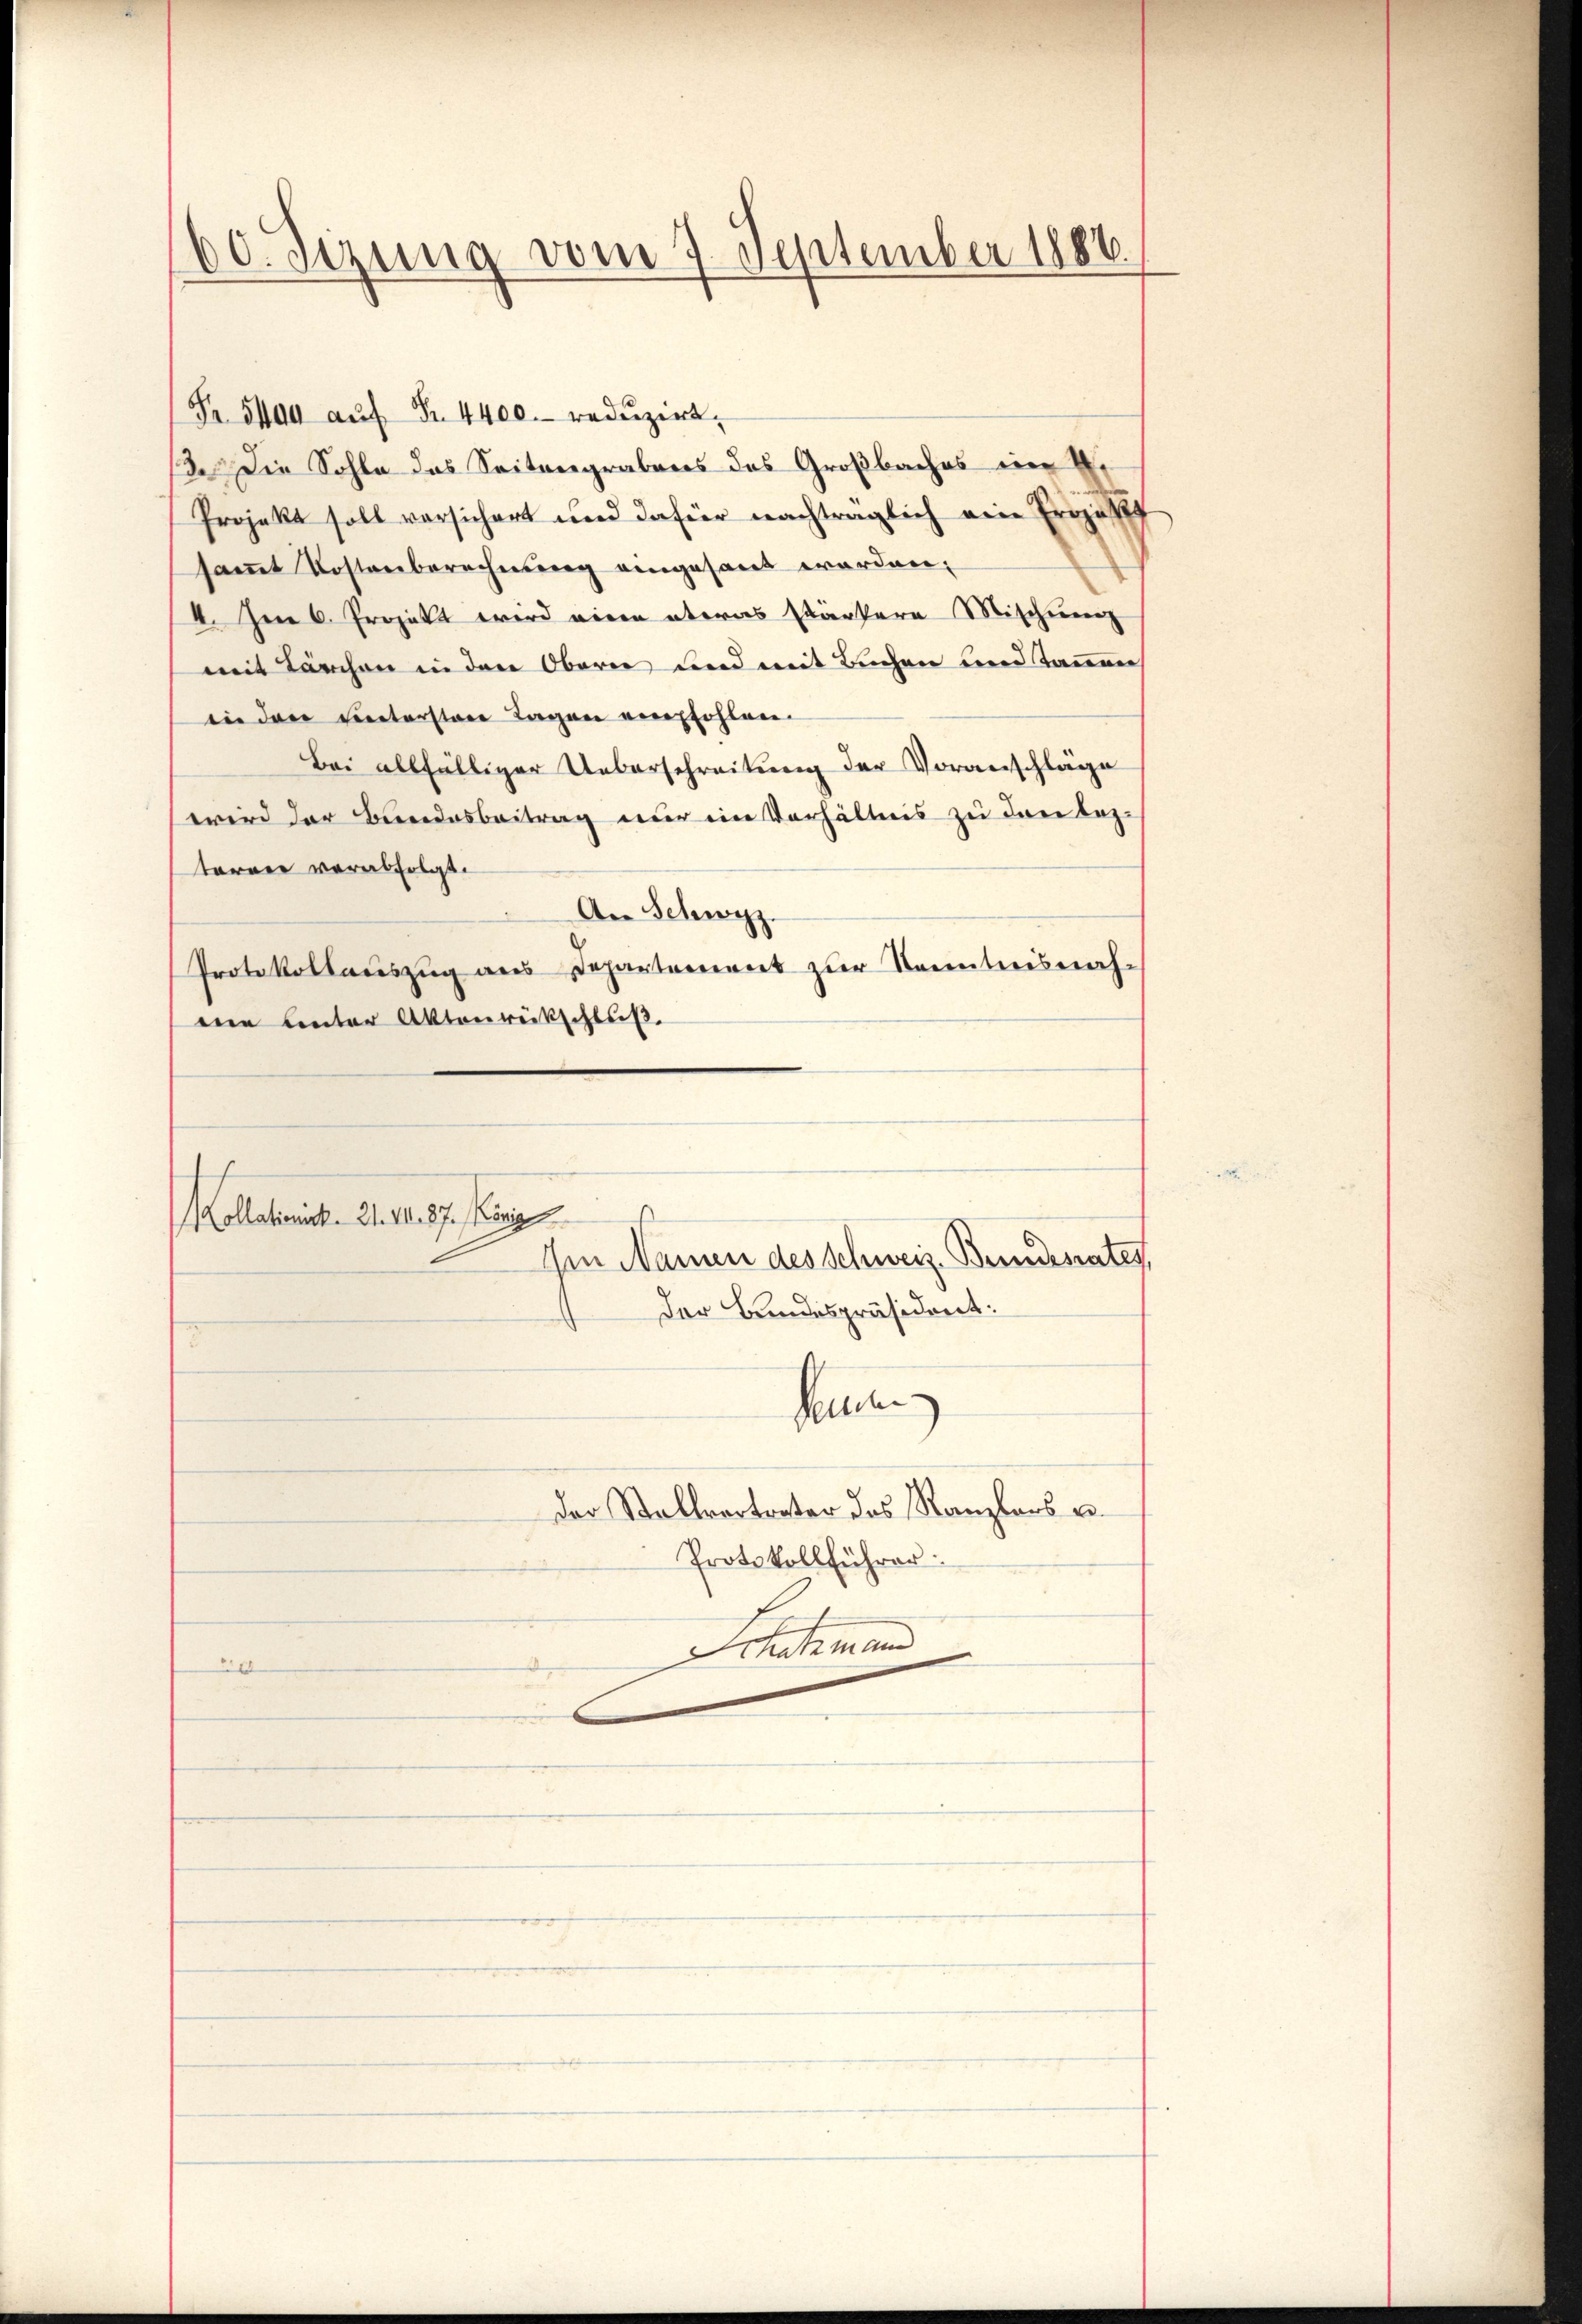
60. Sezung vom 7. September 1886

Fr. 500 aŭf Fr. 4400. redŭzirt.
13. Die Sohle das Seitengrabens des Großbaches im Ei
Projekt soll versichert und dafür nachträglich ein Erzählt
samt Kostenberechnung eingesand worden,
4. Im 6. Projekt wird einen etwas stärkern Mischienen
mit Lärchen in den Oberei und mit Buchen und Tannen
in den untersten Tagen empfohlen.
Bei allfälliger Ueberschreitung der Voranschläge
wird der Bundesbeitrag nur ein Verhältnis zu den leztarrer verabfolgt.
An Schwyz.
Protokollauszug aus Departement zur Kenntnisnaheie unter Aktenrückschluß.
Collationirt. 21. 10. 57. Königl
Im Namen des Schweiz. Bundesrates,
Der Bundespräsident:
Seinen
Der Stallvertreter des Kanzlers u.
Protokollführer:
Schatzmann
2